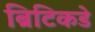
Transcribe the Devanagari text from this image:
ब्रिटिकडे